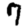
Digit: 7